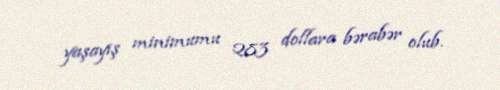
yaşayış minimumu 283 dollara bərabər olub.